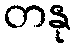
တနု